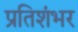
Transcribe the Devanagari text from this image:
प्रतिशंभर